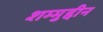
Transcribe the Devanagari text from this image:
शम्मुद्दीन